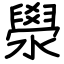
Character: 澩